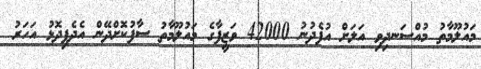
މައުލޫމާތު މުއްސަނދިވި އަލަށް އުފެދުނު 42000 ވަޒީފާގެ މައުލޫމާތު ސާފުކޮށްދޭން އެދެފިދޮޅު އަހަރު